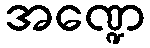
အဏ္ဍေ